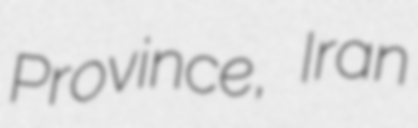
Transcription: Province, Iran